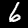
Digit: 6